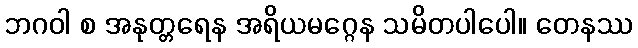
ဘဂဝါ စ အနုတ္တရေန အရိယမဂ္ဂေန သမိတပါပေါ။ တေနဿ